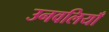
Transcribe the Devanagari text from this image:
उनवलियाँ